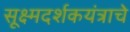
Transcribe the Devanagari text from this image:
सूक्ष्मदर्शकयंत्राचे